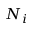
N _ { i }